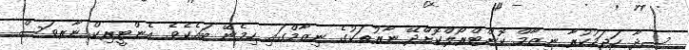
ސީދާ ހަޖަމުކުރާ ނިޒާމް ކޮންޓްރޯލްކޮށްދޭ ނާރުތަކުގެ ނިޒާމްގައި ހިމެނޭ ބައެކެވެ. އެންޓީރިކް ނާރވަސް